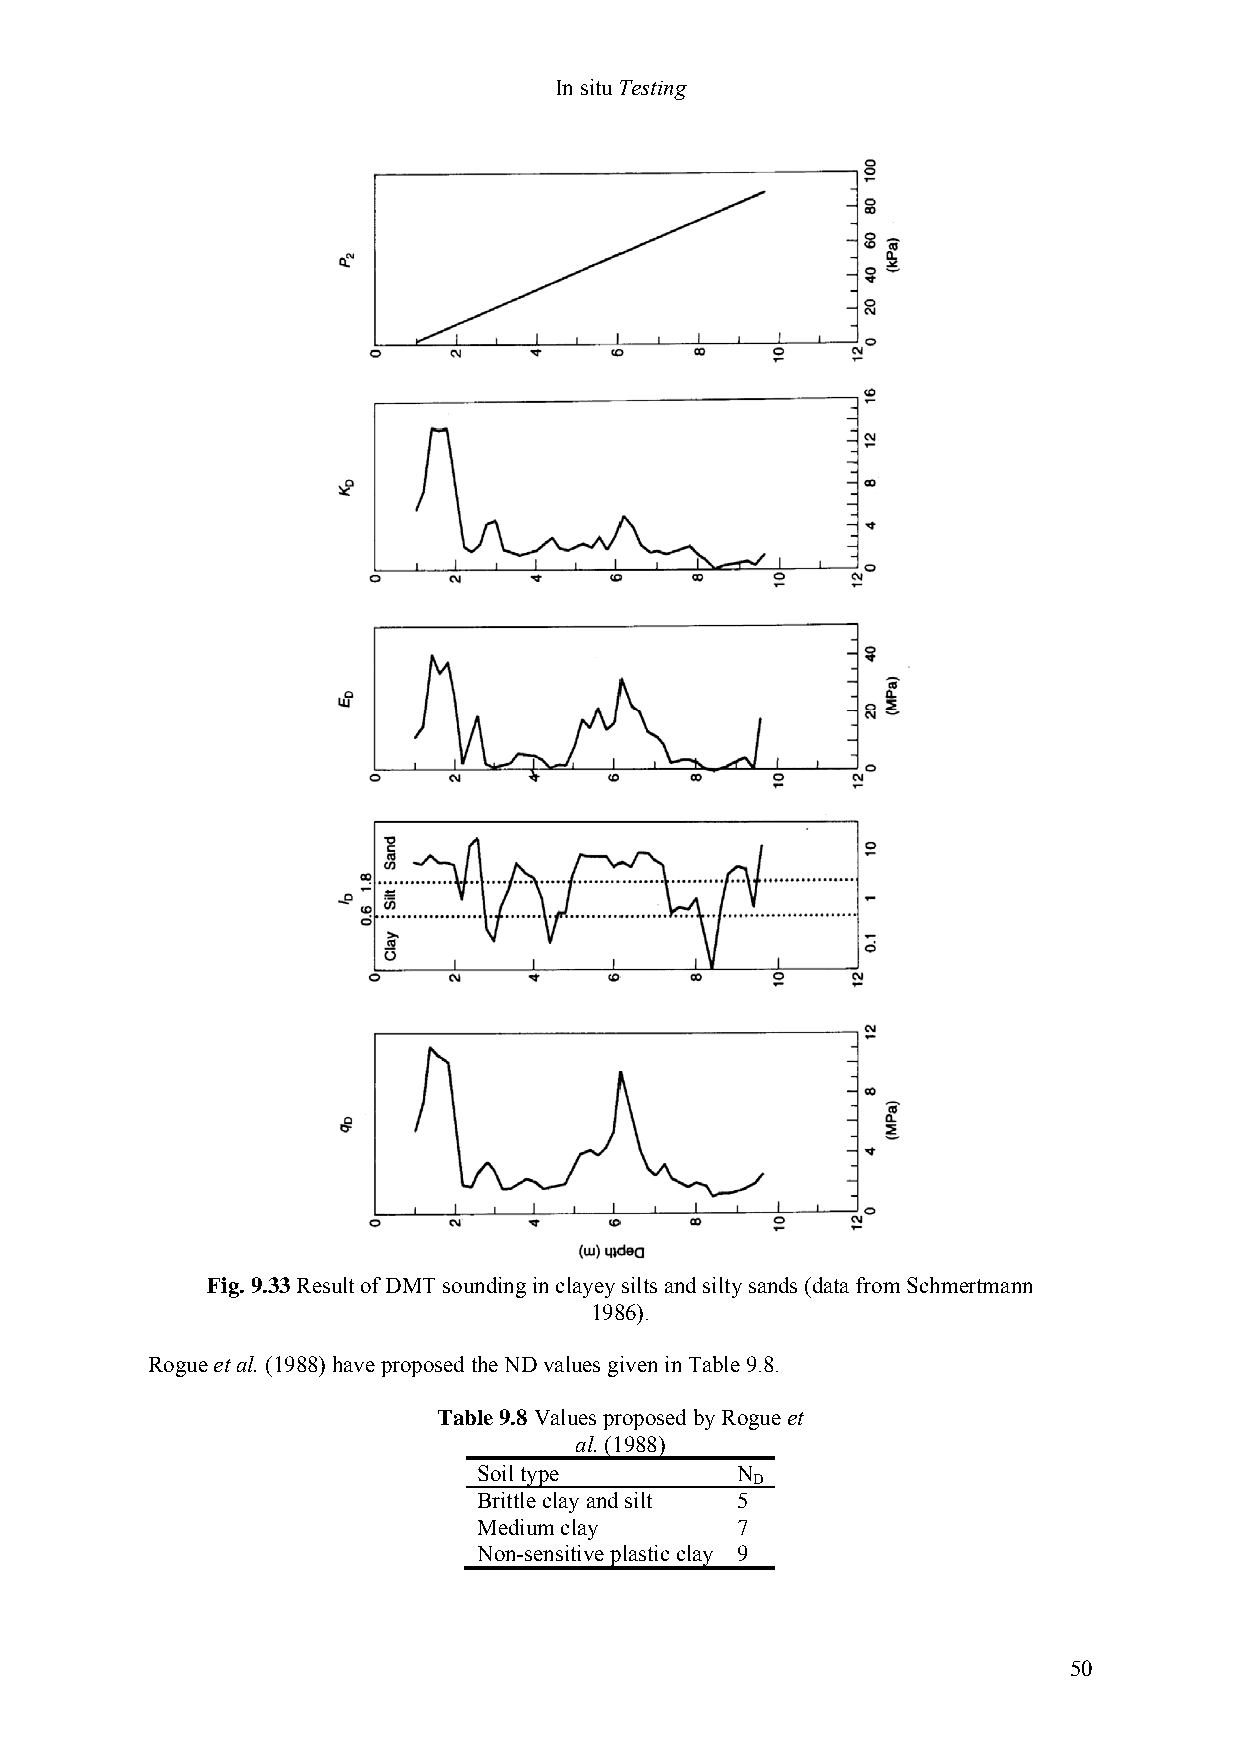
In situ Testing
 Fig. 9.33 Result of DMT sounding in clayey silts and silty sands (data from Schmertmann
 1986).
 Rogue et al. (1988) have proposed the ND values given in Table 9.8.
 Table 9.8 Values proposed by Rogue et
 al. (1988)
 Soil type        N
 D
 Brittle clay and silt 5
 Medium clay      7
 Non-sensitive plastic clay 9
 50